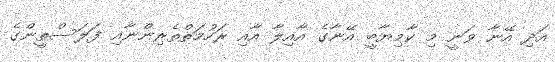
އަދި އޭނާ ވަނީ މި ކާމިޔާބީ އޭނާގެ އާއިލާ އާއި ރަހުމަތްތެރިންނާއި ފަލަސްތީންގެ